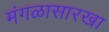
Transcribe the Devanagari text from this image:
मंगळासारखा